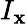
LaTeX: I_{\mathbf{x}}